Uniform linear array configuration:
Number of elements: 32
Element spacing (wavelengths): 1
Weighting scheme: hann
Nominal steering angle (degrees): -45
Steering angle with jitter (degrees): -44.502
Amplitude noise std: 0.05
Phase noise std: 0.05

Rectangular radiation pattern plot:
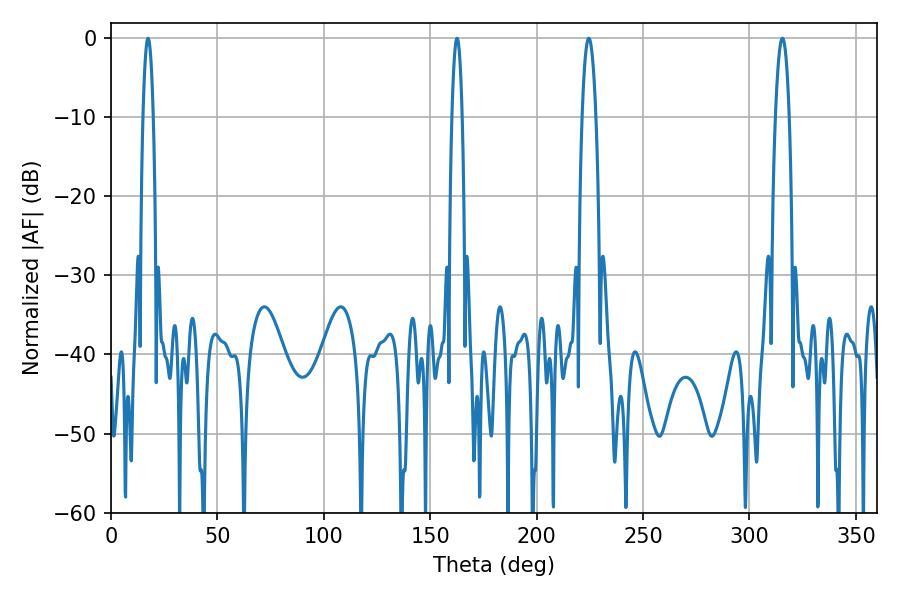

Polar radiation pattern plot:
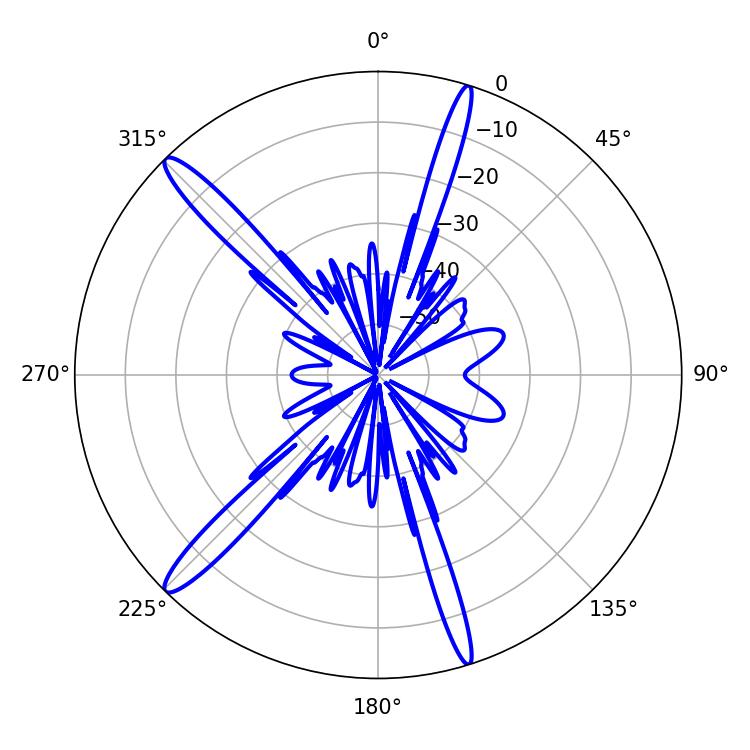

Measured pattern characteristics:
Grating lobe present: TRUE
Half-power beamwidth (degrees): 3.42
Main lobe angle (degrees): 224.46